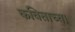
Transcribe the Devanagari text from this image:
कविताच्या